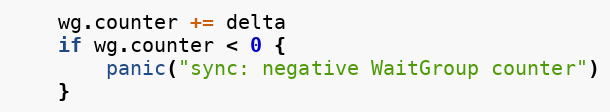
Language: Go
	wg.counter += delta
	if wg.counter < 0 {
		panic("sync: negative WaitGroup counter")
	}